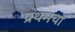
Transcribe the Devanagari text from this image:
प्रथमचा